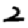
Digit: 2